Rangoon Lunatic Asylum 1878-1892 - 1878-1892
Year: 1878
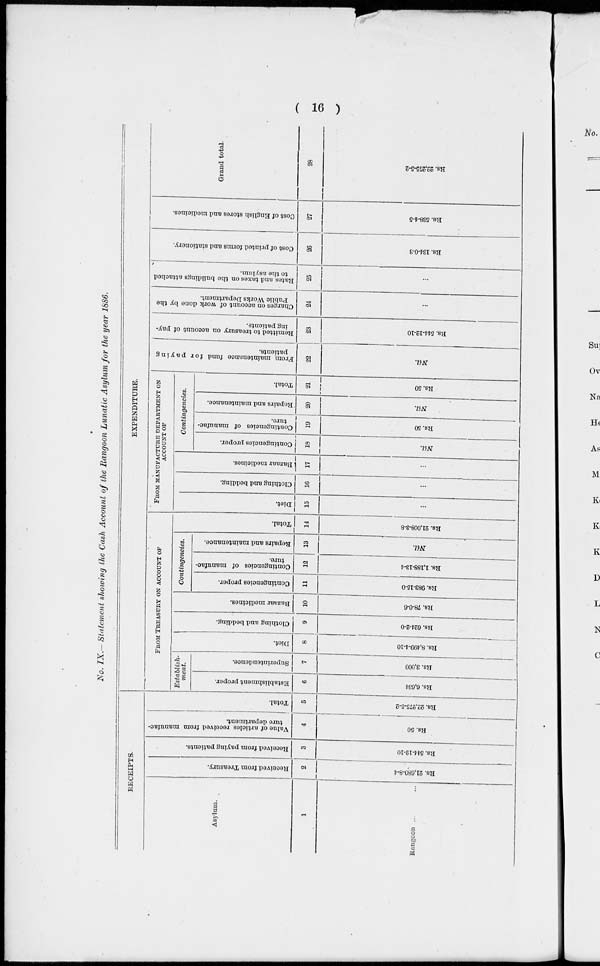
( 16 )
No. IX.— Statement showing the Cash Account of the Rangoon Lunatic Asylum for the year 1886.
RECEIPTS.
Asylum.
1
Rangoon ... ...
Received from Treasury.
2
Rs. 21,680-8-4
Received from paying patients.
3
Rs. 544-12-10
Value of articles received from manufac-
ture department.
4
Rs. 50
Total.
5
Rs. 22,275-5-2
EXPENDITURE.
FROM TREASURY ON ACCOUNT OF
Establish-
ment.
Establishment proper.
6
Rs. 6,634
Superintendence.
7
Rs. 3,000
Diet.
8
Rs. 8,499-4-10
Clothing and bedding.
9
Rs. 624-2-0
Bazaar medicines.
10
Rs. 78-0-6
Contingencies.
Contingencies proper.
11
Rs. 983-15-0
Contingencies of manufac-
ture.
12
Rs. 1,188-13-4
Repairs and maintenance.
13
Nil.
Total.
14
Rs. 21,008-3-8
FROM MANUFACTURE DEPARTMENT ON
ACCOUNT OF
Diet.
15
Clothing and bedding.
16
Bazaar medicines.
17
Contingencies.
Contingencies proper.
18
Nil.
Contingencies of manufac-
ture.
19
Rs.
50
Repairs and maintenance.
20
Nil.
Total.
21
Rs.50
From maintenance fund for paying
patients.
22
Nil.
Remitted to treasury on account of pay-
ing patients.
23
Rs. 544-12-10
Charges on account of work done by the
Public Works Department.
24
Rates and taxes on the buildings attached
to the asylum.
25
...
Cost of printed forms and stationery.
26
Rs. 134-0-3
Cost of English stores and medicines.
27
Rs. 538-4-5
Grand total.
28
Rs. 22,275-5-2